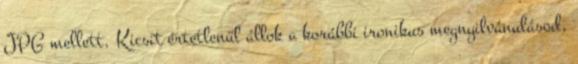
JPG mellett. Kicsit értetlenül állok a korábbi ironikus megnyilvánulásod,